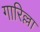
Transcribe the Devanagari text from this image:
गारिल्ला